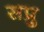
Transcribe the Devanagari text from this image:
सप्रु